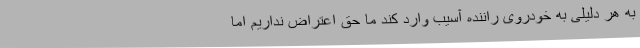
به هر دلیلی به خودروی راننده آسیب وارد کند ما حق اعتراض نداریم اما